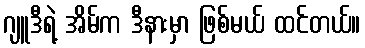
ဂျူဒီရဲ့ အိမ်က ဒီနားမှာ ဖြစ်မယ် ထင်တယ်။